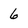
Character: 6